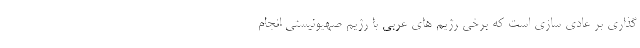
گذاری بر عادی سازی است که برخی رژیم های عربی با رژیم صهیونیستی انجام